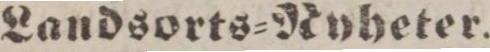
Landsorts=Ryheter.